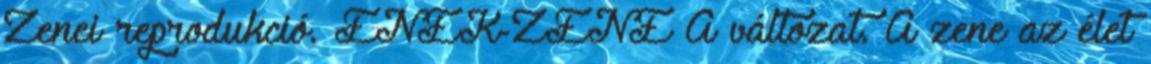
Zenei reprodukció. ÉNEK-ZENE A változat. A zene az élet